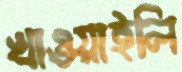
খাওয়াইলি